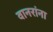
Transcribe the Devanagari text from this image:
वानरांना